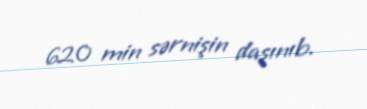
620 min sərnişin daşınıb.